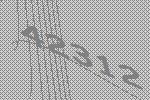
42312